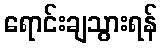
ရောင်းချသွားရန်